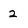
Character: 2